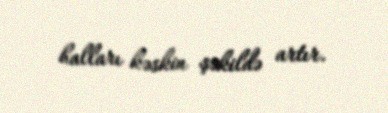
halları kəskin şəkildə artır.